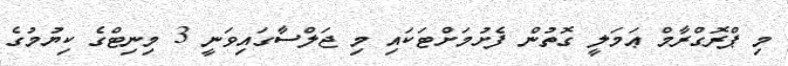
މި ޕްރޮގްރާމް ޢަމަލީ ގޮތުން ފެށުމަށްޓަކައި މި ޖަލްސާގައިވަނީ 3 މިނިޓްގެ ކިޔުމުގެ